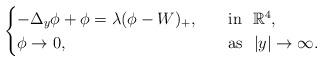
LaTeX: \begin{align*}\begin{cases}-\Delta _y\phi +\phi =\lambda (\phi -W)_+,\quad&\mathrm{in} \ \ \mathbb{R} ^4,\\\phi \rightarrow 0,&\mathrm{as} \ \ |y|\rightarrow \infty .\\\end{cases}\end{align*}